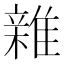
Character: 𮦀